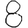
Digit: 8